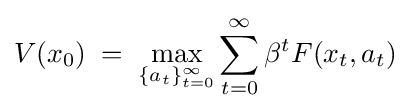
V(x_{0})\;=\;\max _{\left\{a_{t}\right\}_{t=0}^{\infty }}\sum _{t=0}^{\infty }\beta ^{t}F(x_{t},a_{t})